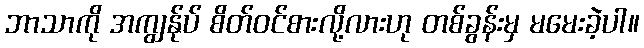
ဘာသာကို အကျွန်ုပ် စိတ်ဝင်စားလို့လားဟု တစ်ခွန်းမှ မမေးခဲ့ပါ။